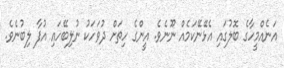
އަނެއްމީހާގެ ބޮލުގައި އެޅޭނޭކަމެއް ނޫނެވެ. އީންގެ ހިތަށް ދުވަހަކު ނުލިބޭހައި އުފާ ލިބުނެވެ.